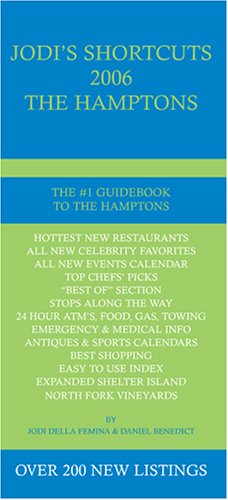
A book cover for Jodi's Shortcuts 2006; Jodi Della Femina; Teen & Young Adult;